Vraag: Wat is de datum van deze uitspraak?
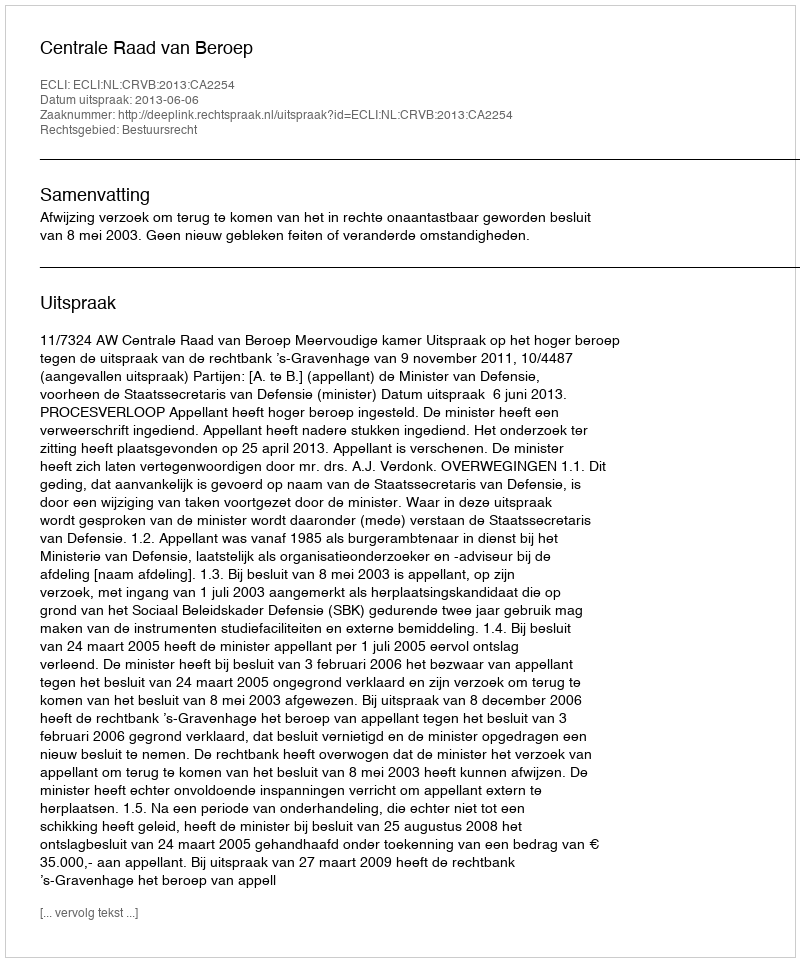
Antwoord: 2013-06-06